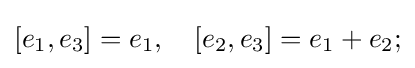
[e_{1},e_{3}]=e_{1},\quad [e_{2},e_{3}]=e_{1}+e_{2};